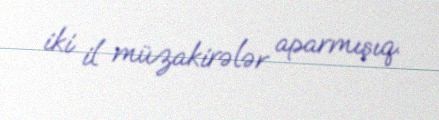
iki il müzakirələr aparmışıq.